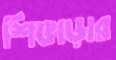
শিঙাড়ার